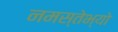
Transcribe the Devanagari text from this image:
नमस्तेभ्यो